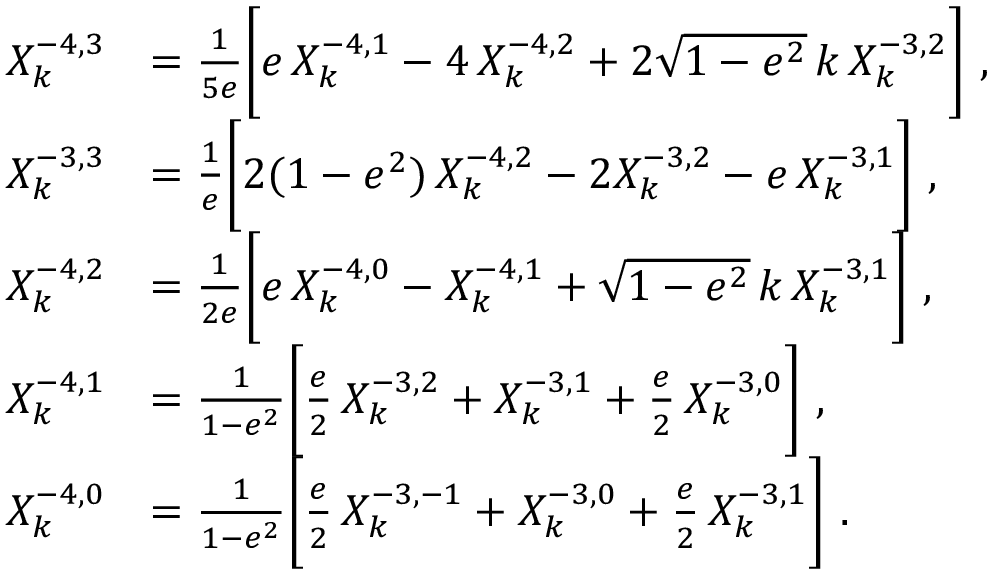
\begin{array} { r l } { X _ { k } ^ { - 4 , 3 } } & { = \frac { 1 } { 5 e } \bigg [ e \, X _ { k } ^ { - 4 , 1 } - 4 \, X _ { k } ^ { - 4 , 2 } + 2 \sqrt { 1 - e ^ { 2 } } \, k \, X _ { k } ^ { - 3 , 2 } \bigg ] \ , } \\ { X _ { k } ^ { - 3 , 3 } } & { = \frac { 1 } { e } \bigg [ 2 ( 1 - e ^ { 2 } ) \, X _ { k } ^ { - 4 , 2 } - 2 X _ { k } ^ { - 3 , 2 } - e \, X _ { k } ^ { - 3 , 1 } \bigg ] \ , } \\ { X _ { k } ^ { - 4 , 2 } } & { = \frac { 1 } { 2 e } \bigg [ e \, X _ { k } ^ { - 4 , 0 } - X _ { k } ^ { - 4 , 1 } + \sqrt { 1 - e ^ { 2 } } \, k \, X _ { k } ^ { - 3 , 1 } \bigg ] \ , } \\ { X _ { k } ^ { - 4 , 1 } } & { = \frac { 1 } { 1 - e ^ { 2 } } \bigg [ \frac { e } { 2 } \, X _ { k } ^ { - 3 , 2 } + X _ { k } ^ { - 3 , 1 } + \frac { e } { 2 } \, X _ { k } ^ { - 3 , 0 } \bigg ] \ , } \\ { X _ { k } ^ { - 4 , 0 } } & { = \frac { 1 } { 1 - e ^ { 2 } } \bigg [ \frac { e } { 2 } \, X _ { k } ^ { - 3 , - 1 } + X _ { k } ^ { - 3 , 0 } + \frac { e } { 2 } \, X _ { k } ^ { - 3 , 1 } \bigg ] \ . } \end{array}